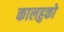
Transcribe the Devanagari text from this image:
कालहुको